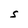
Character: S